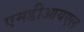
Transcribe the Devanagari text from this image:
एमडीआयएल